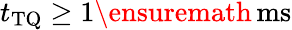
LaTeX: t_{\mathrm{TQ}}\geq 1\ensuremath{\, \mathrm{ms}}